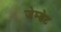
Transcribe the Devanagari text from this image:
जेम्डेट